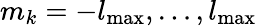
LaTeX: m_{k}=-l_{\mathrm{max}},\ldots,l_{\mathrm{max}}